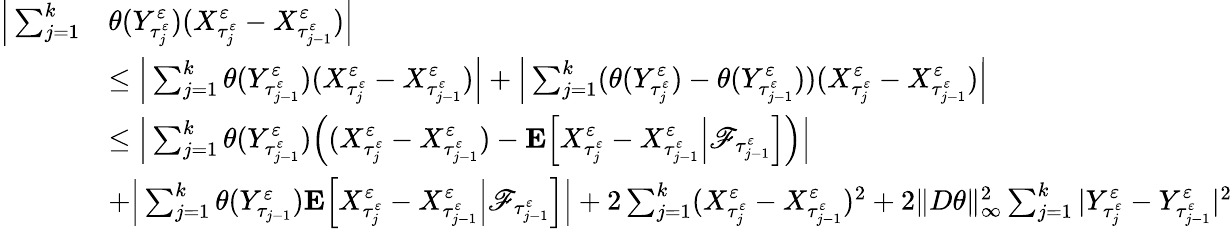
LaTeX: \begin{array}{rl}{\Big|\sum_{j=1}^{k}}&{\theta(Y_{\tau_{j}^{\varepsilon}}^{\varepsilon})(X_{\tau_{j}^{\varepsilon}}^{\varepsilon}-X_{\tau_{j-1}^{\varepsilon}}^{\varepsilon})\Big|}\\ &{\leq\Big|\sum_{j=1}^{k}\theta(Y_{\tau_{j-1}^{\varepsilon}}^{\varepsilon})(X_{\tau_{j}^{\varepsilon}}^{\varepsilon}-X_{\tau_{j-1}^{\varepsilon}}^{\varepsilon})\Big|+\Big|\sum_{j=1}^{k}(\theta(Y_{\tau_{j}^{\varepsilon}}^{\varepsilon})-\theta(Y_{\tau_{j-1}^{\varepsilon}}^{\varepsilon}))(X_{\tau_{j}^{\varepsilon}}^{\varepsilon}-X_{\tau_{j-1}^{\varepsilon}}^{\varepsilon})\Big|}\\ &{\leq\Big|\sum_{j=1}^{k}\theta(Y_{\tau_{j-1}^{\varepsilon}}^{\varepsilon})\Big((X_{\tau_{j}^{\varepsilon}}^{\varepsilon}-X_{\tau_{j-1}^{\varepsilon}}^{\varepsilon})-\mathbf{E}\Big[X_{\tau_{j}^{\varepsilon}}^{\varepsilon}-X_{\tau_{j-1}^{\varepsilon}}^{\varepsilon}\Big|\mathscr{F}_{\tau_{j-1}^{\varepsilon}}\Big]\Big)\Big|}\\ &{+\Big|\sum_{j=1}^{k}\theta(Y_{\tau_{j-1}}^{\varepsilon})\mathbf{E}\Big[X_{\tau_{j}^{\varepsilon}}^{\varepsilon}-X_{\tau_{j-1}^{\varepsilon}}^{\varepsilon}\Big|\mathscr{F}_{\tau_{j-1}^{\varepsilon}}\Big]\Big|+2\sum_{j=1}^{k}(X_{\tau_{j}^{\varepsilon}}^{\varepsilon}-X_{\tau_{j-1}^{\varepsilon}}^{\varepsilon})^{2}+2\| D\theta\| _{\infty}^{2}\sum_{j=1}^{k}|Y_{\tau_{j}^{\varepsilon}}^{\varepsilon}-Y_{\tau_{j-1}^{\varepsilon}}^{\varepsilon}|^{2}}\end{array}